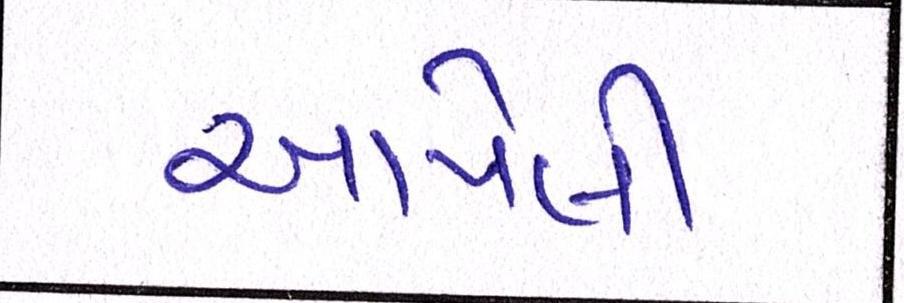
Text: આપેલી